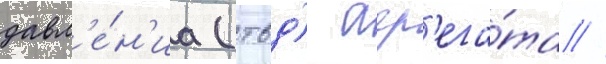
давл'е́н'иа (твд) агр'ега́та //